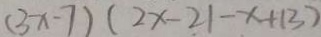
( 3 x - 7 ) ( 2 x - 2 1 - x + 1 3 )